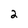
Character: 2